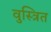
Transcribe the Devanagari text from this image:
वुस्त्रित